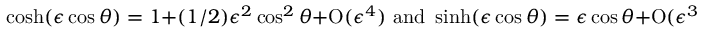
\cosh ( \epsilon \cos \theta ) = 1 + ( 1 / 2 ) \epsilon ^ { 2 } \cos ^ { 2 } \theta + \mathrm { O } ( \epsilon ^ { 4 } ) \, \, \mathrm { a n d } \, \, \sinh ( \epsilon \cos \theta ) = \epsilon \cos \theta + \mathrm { O } ( \epsilon ^ { 3 } ) ,